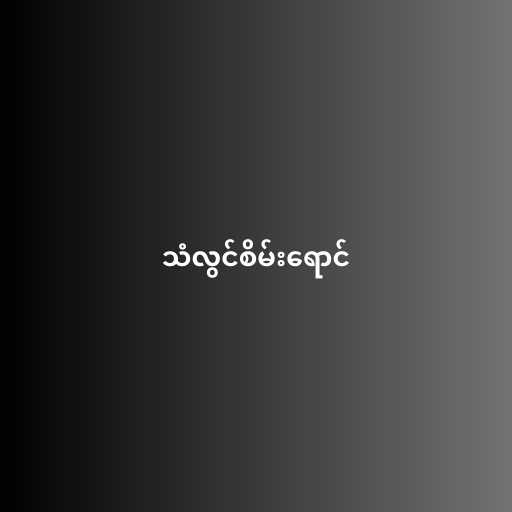
သံလွင်စိမ်းရောင်